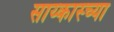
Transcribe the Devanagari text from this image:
साय्कास्च्या